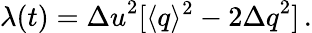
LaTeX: \lambda(t)={\Delta u}^{2}[\langle q\rangle^{2}-2{\Delta q}^{2}]\, .